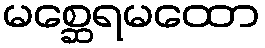
မစ္ဆေရမထော